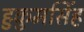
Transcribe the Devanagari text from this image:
हुकुमसिंह